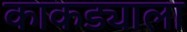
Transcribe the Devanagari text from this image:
काकड्याला